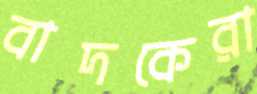
বাদকেরা